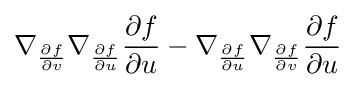
\nabla _{\frac {\partial f}{\partial v}}\nabla _{\frac {\partial f}{\partial u}}{\frac {\partial f}{\partial u}}-\nabla _{\frac {\partial f}{\partial u}}\nabla _{\frac {\partial f}{\partial v}}{\frac {\partial f}{\partial u}}